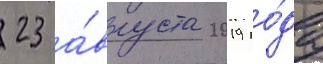
23 а́вгуста 2019 го́да